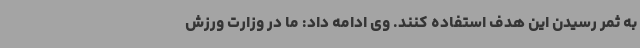
به ثمر رسیدن این هدف استفاده کنند. وی ادامه داد: ما در وزارت ورزش